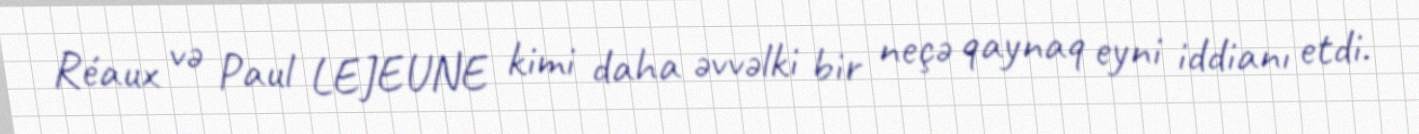
Réaux və Paul LEJEUNE kimi daha əvvəlki bir neçə qaynaq eyni iddianı etdi.